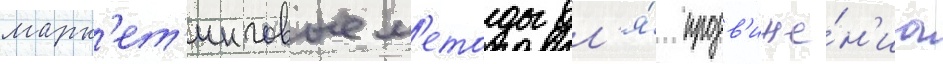
марк'ет'инговые м'етоды дл'я́ продв'иже́н'иа